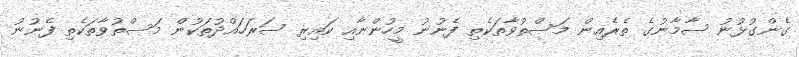
ގެންގުޅުނު ސާމާނުގެ ތެރެއިން މަސްތުވާތަކެތި ފެނުނު މީހުންނާއި ކައިރި ސަރަހައްދުތަކުން މަސްތުވާތަކެތި ފެނުނު